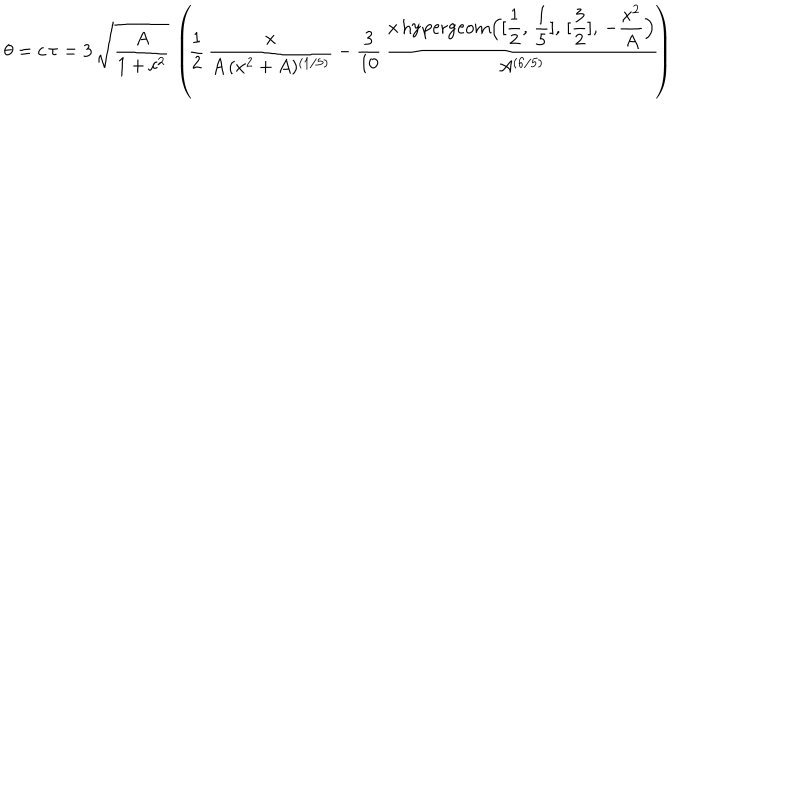
\theta = c \, \tau = 3 \, \sqrt { { \displaystyle \frac { A } { 1 + c ^ { 2 } } } } \, \left( \! { \displaystyle \frac { 1 } { 2 } } \, { \displaystyle \frac { x } { A \, ( x ^ { 2 } + A ) ^ { ( 1 / 5 ) } } } - { \displaystyle \frac { 3 } { 1 0 } } \, { \displaystyle \frac { x \, \mathrm { h y p e r g e o m } \Big ( [ { \displaystyle \frac { 1 } { 2 } } , \, { \displaystyle \frac { 1 } { 5 } } ] , \, [ { \displaystyle \frac { 3 } { 2 } } ] , \, - { \displaystyle \frac { x ^ { 2 } } { A } } \Big ) } { A ^ { ( 6 / 5 ) } } } \! \right)